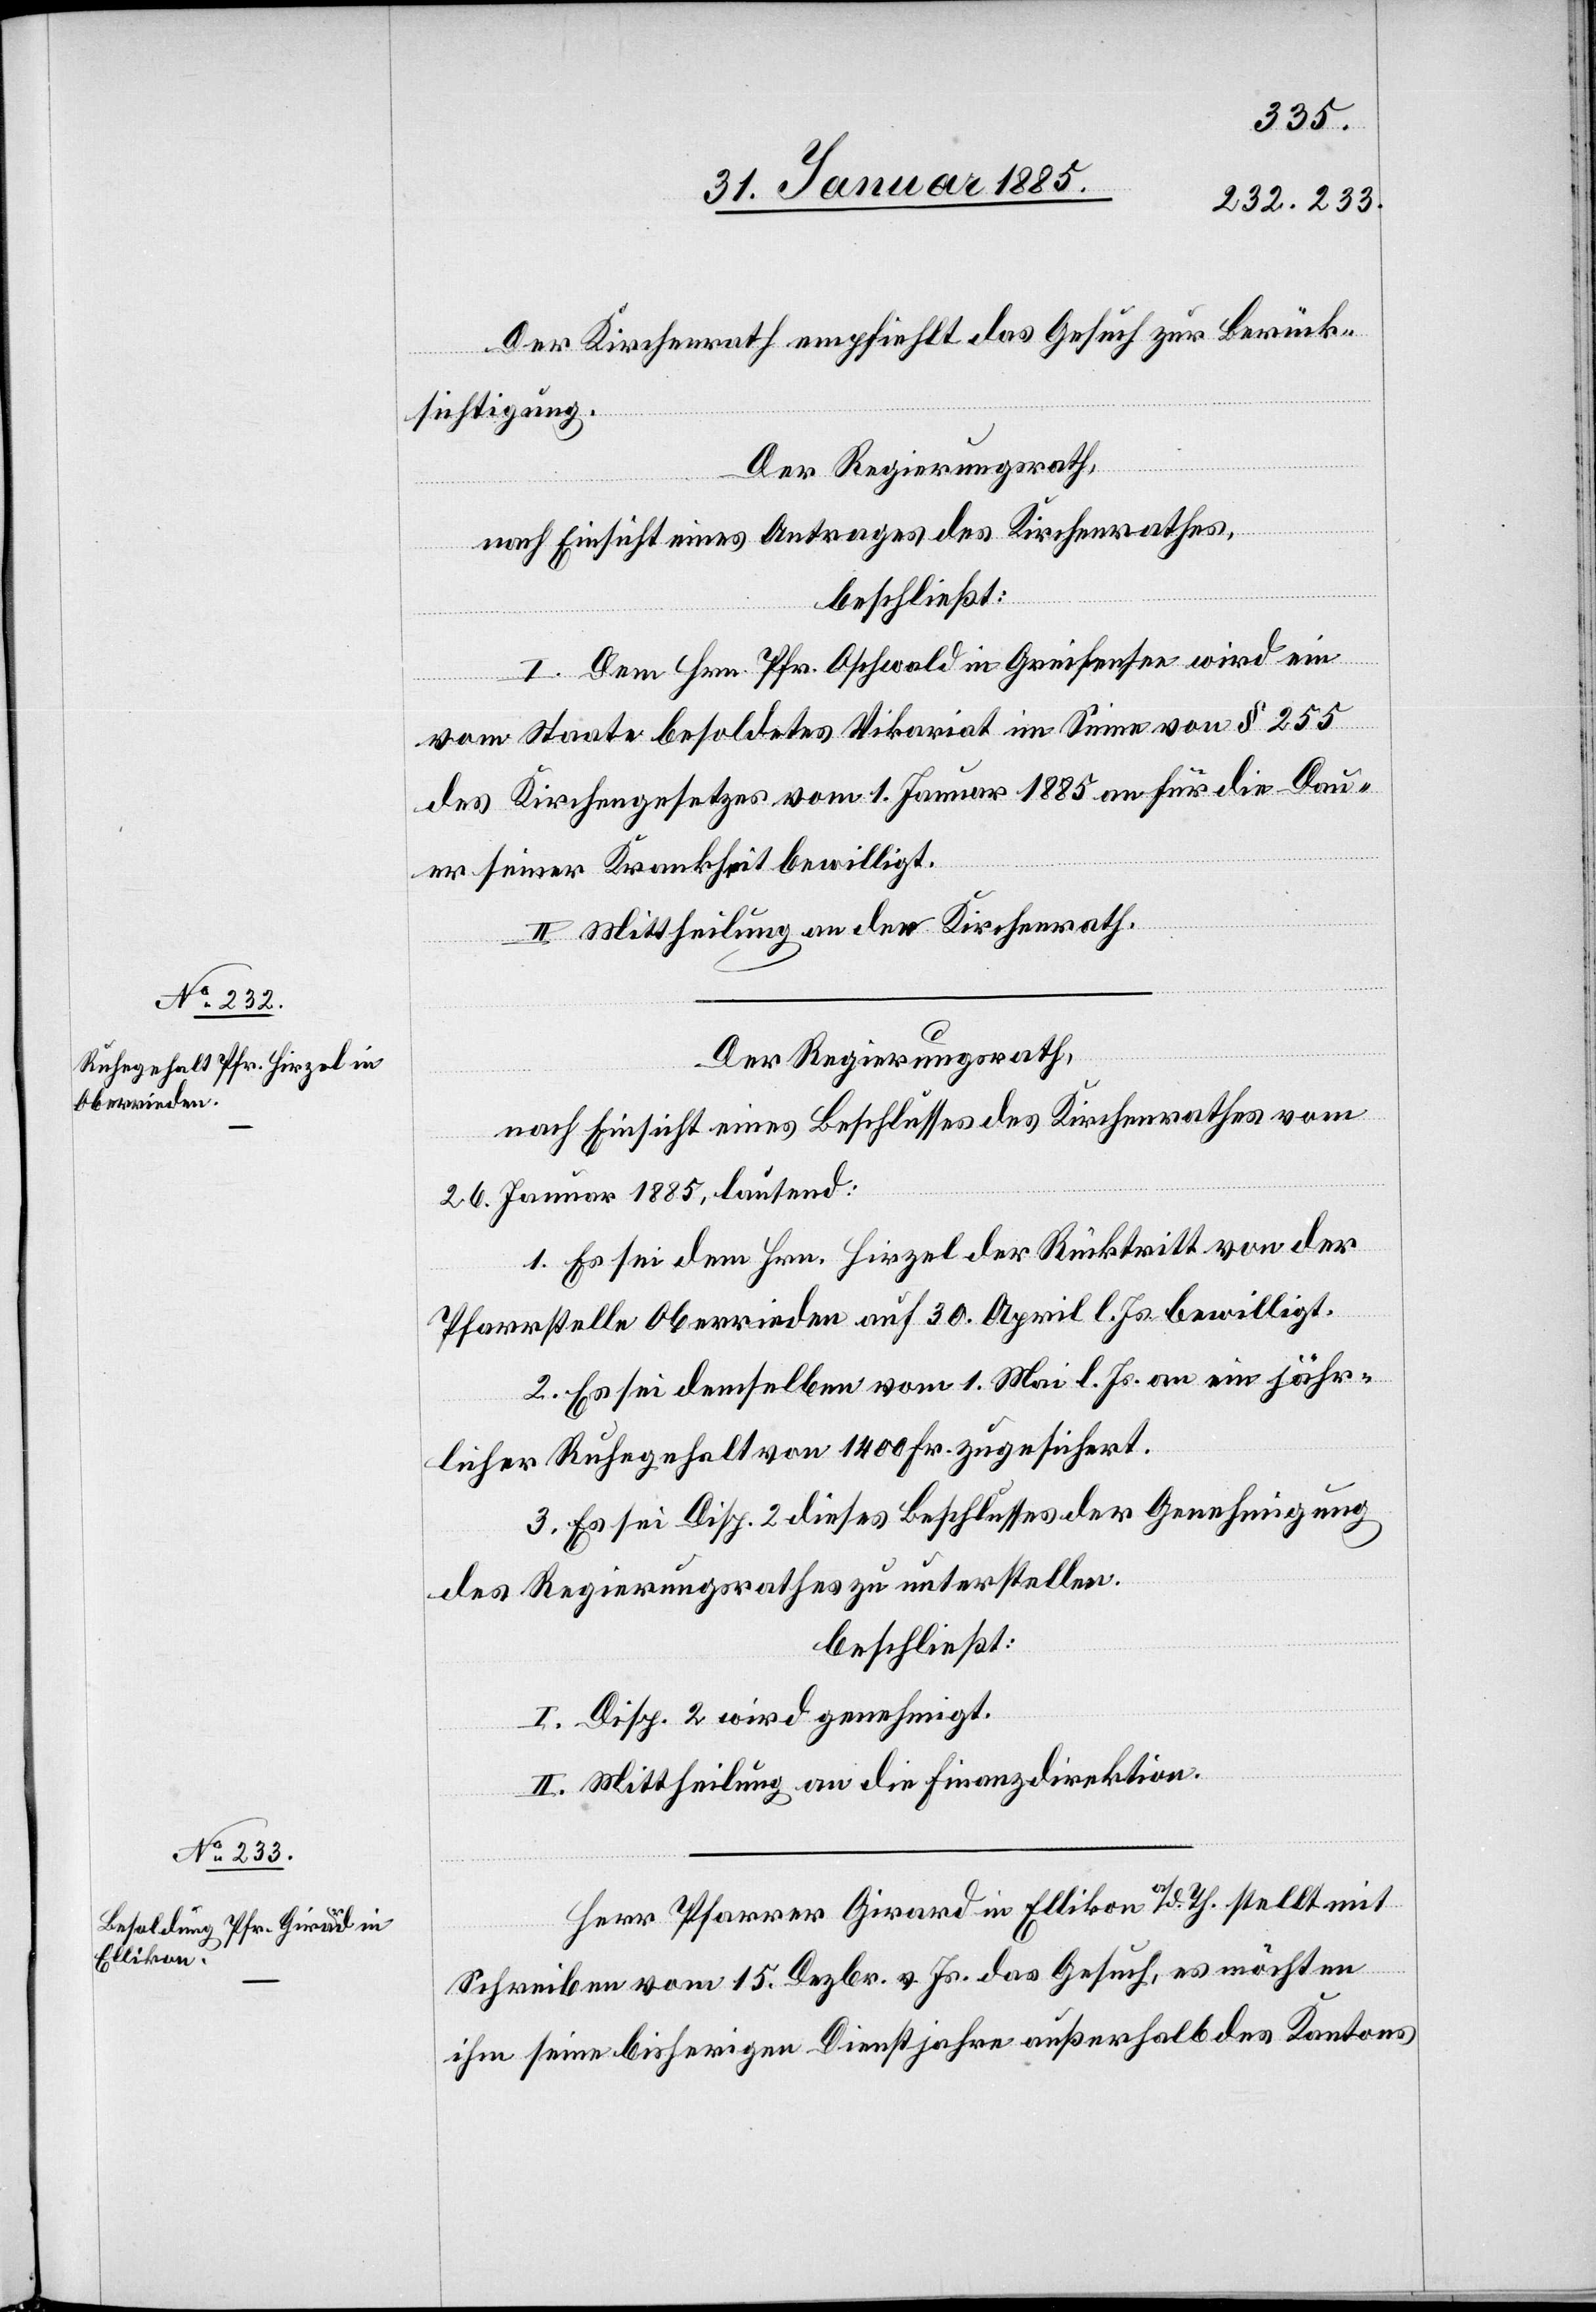
Der Kirchenrath empfiehlt das Gesuch zur Berück¬
sichtigung.
Der Regierungsrath,
nach Einsicht eines Antrages des Kirchenrathes,
beschließt:
I. Dem Hrn. Pfr. Oschwald in Greifensee wird ein
vom Staate besoldetes Vikariat im Sinne von § 255
des Kirchengesetzes vom 1. Januar 1885 an für die Dau¬
er seiner Krankheit bewilligt.
II. Mittheilung an den Kirchenrath.
Der Regierungsrath,
nach Einsicht eines Beschlusses des Kirchenrathes vom
26. Januar 1885, lautend:
1. Es sei dem Hrn. Hirzel der Rücktritt von der
Pfarrstelle Oberrieden auf 30. April l. Js. bewilligt.
2. Es sei demselben vom 1. Mai l. Js. an ein jähr¬
liches Ruhegehalt vom 1400 Fr. zugesichert.
3. Es sei Disp. 2 dieses Beschlusses der Genehmigung
des Regierungsrathes zu unterstellen.
beschließt:
I. Disp. 2 wird genehmigt.
II. Mittheilung an die Finanzdirektion.
Herr Pfarrer Girard in Ellikon a/d Th. stellt mit
Schreiben vom 15. Dezbr. v. Js. das Gesuch, es möchten
ihm seine bisherigen Dienstjahre außerhalb des Kantons